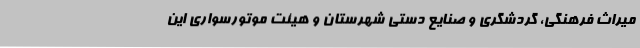
میراث فرهنگی، گردشگری و صنایع دستی شهرستان و هیئت موتورسواری این